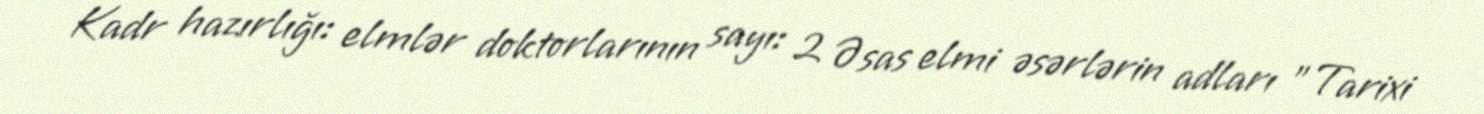
Kadr hazırlığı: elmlər doktorlarının sayı: 2 Əsas elmi əsərlərin adları "Tarixi